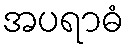
အပရာဓံ